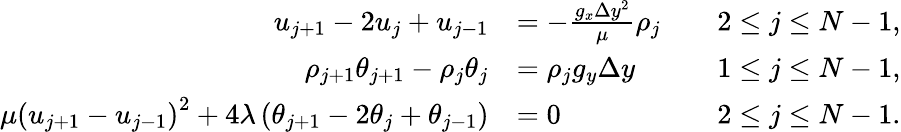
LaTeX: \begin{array}{rlr}{u_{j+1}-2u_{j}+u_{j-1}}&{=-\frac{g_{x}\Delta y^{2}}{\mu}\rho_{j}\quad}&{2\leq j\leq N-1,}\\ {\rho_{j+1}\theta_{j+1}-\rho_{j}\theta_{j}}&{=\rho_{j}g_{y}\Delta y\quad}&{1\leq j\leq N-1,}\\ {\mu\left(u_{j+1}-u_{j-1}\right)^{2}+4\lambda\left(\theta_{j+1}-2\theta_{j}+\theta_{j-1}\right)}&{=0\quad}&{2\leq j\leq N-1.}\end{array}